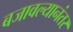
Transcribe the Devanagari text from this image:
बजावल्यानंतर